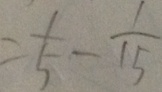
= \frac { 1 } { 5 } - \frac { 1 } { 1 5 }